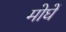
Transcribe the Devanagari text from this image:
मोघें